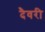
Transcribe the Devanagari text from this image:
दैवरी